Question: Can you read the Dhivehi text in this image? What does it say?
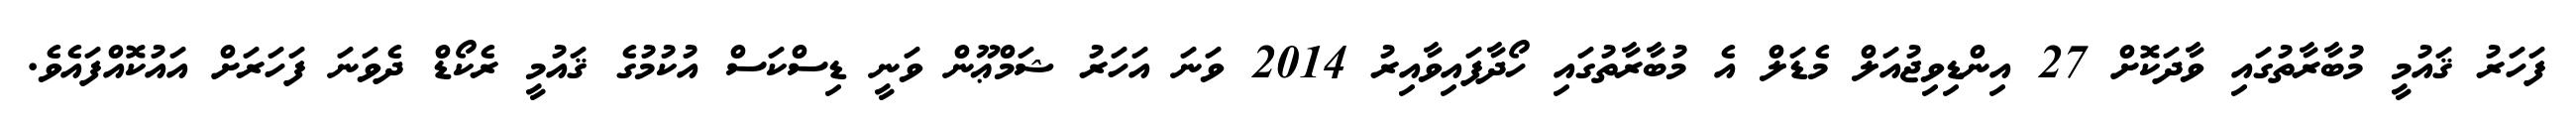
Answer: ފަހަރު ޤައުމީ މުބާރާތުގައި ވާދަކޮށް 27 އިންޑިވިޖުއަލް މެޑަލް އެ މުބާރާތުގައި ހޯދާފައިވާއިރު 2014 ވަނަ އަހަރު ޝަމްޢޫން ވަނީ ޑިސްކަސް އުކުމުގެ ޤައުމީ ރެކޯޑް ދެވަނަ ފަހަރަށް އައުކޮއްފައެވެ.